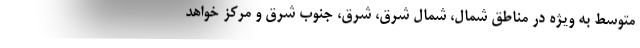
متوسط به ویژه در مناطق شمال، شمال شرق، شرق، جنوب شرق و مرکز خواهد